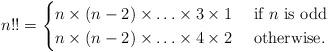
LaTeX: \begin{align*}n!!=\begin{cases}n\times (n-2) \times \ldots \times 3 \times 1 & \mbox{ if $n$ is odd} \\n \times (n-2) \times \ldots \times 4 \times 2 & \mbox{ otherwise.}\end{cases}\end{align*}